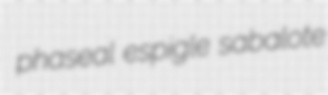
phaseal espigle sabalote